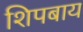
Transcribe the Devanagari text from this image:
शिपबाय